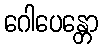
ဂေါပေန္တော